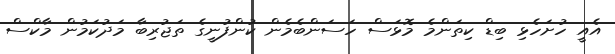
އެއީ ހުށަހެޅި ބިޑް ކިތަންމެ މޮޅަސް ހަސަންބެމެން ކުންފުނީގެ ތަޖުރިބާ މަދުކަމުން މާކްސް